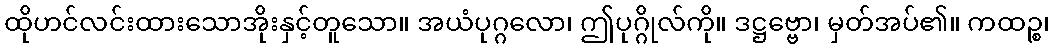
ထိုဟင်လင်းထားသောအိုးနှင့်တူသော။ အယံပုဂ္ဂလော၊ ဤပုဂ္ဂိုလ်ကို။ ဒဋ္ဌဗ္ဗော၊ မှတ်အပ်၏။ ကထဉ္စ၊